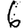
Digit: 6